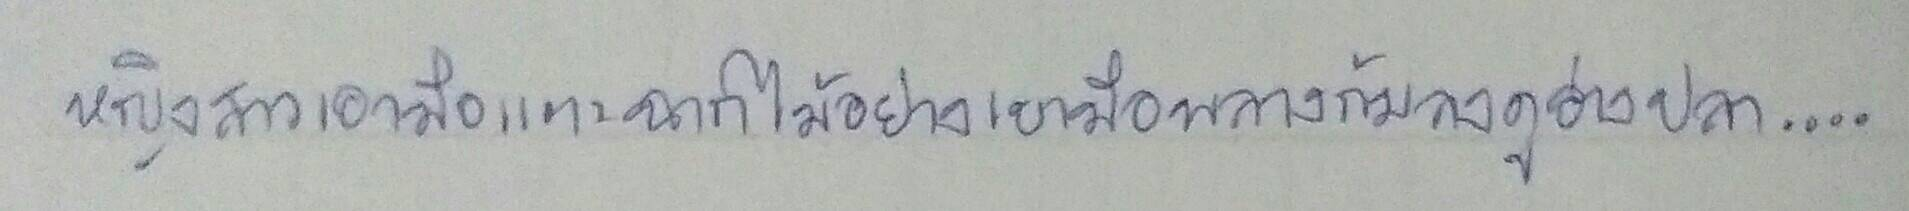
หญิงสาวเอามือแตะฉากไม้อย่างเบามือพลางก้มลงดูอ่างปลา....